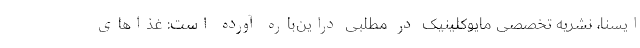
ایسنا، نشریه تخصصی مایوکلینیک در مطلبی دراین‌باره آورده است: غذاهای